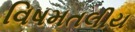
વિષમતલીય